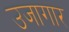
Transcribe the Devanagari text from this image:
उजागार